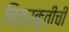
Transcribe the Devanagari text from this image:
चित्रकृतींची